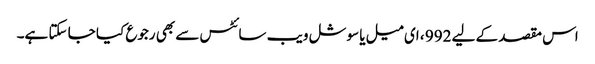
اس مقصد کے لیے 992 ، ای میل یا سوشل ویب سائٹس سے بھی رجوع کیا جا سکتا ہے۔